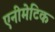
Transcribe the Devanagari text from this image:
एनीमेटिक